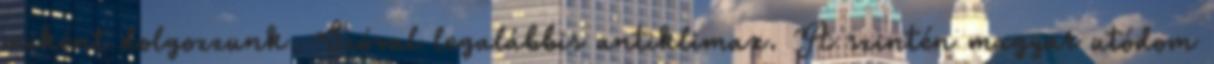
miként dolgozzunk. Szóval legalábbis antiklimax. A szintén magyar utódom